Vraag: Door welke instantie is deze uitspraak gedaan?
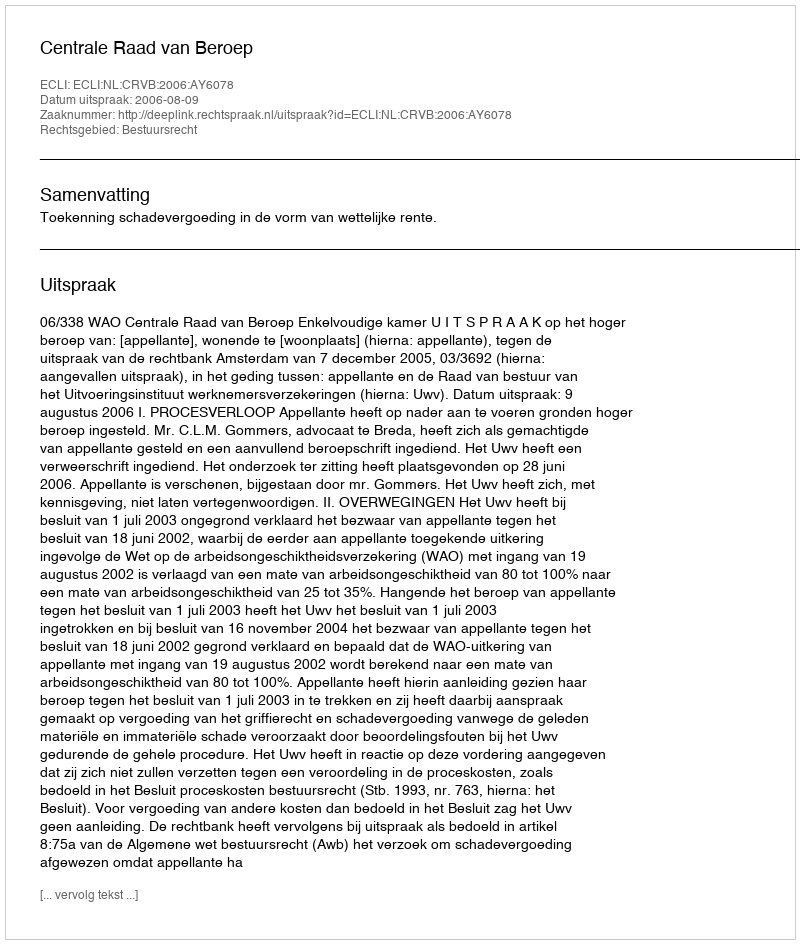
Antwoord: Centrale Raad van Beroep